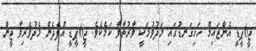
ޖީ6ޕީޑީ އެންޒައިމް ހަށިގަނޑުގައި މަދުވުމަކީ ވާރުތާވާ ކަމެކެވެ. ޖީ6ޕީޑީ އުފެދެން މެދުވެރިވާ ޖީން